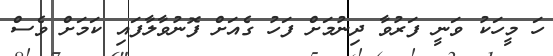
ހަ މީހަކު ވަނީ ފަރުވާ ދިނުމަށް ފަހު ގެއަށް ފޮނުވާލާފައި ކަމަށް ވެސް